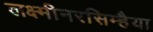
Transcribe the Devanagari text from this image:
लक्ष्मीनरसिम्हैया